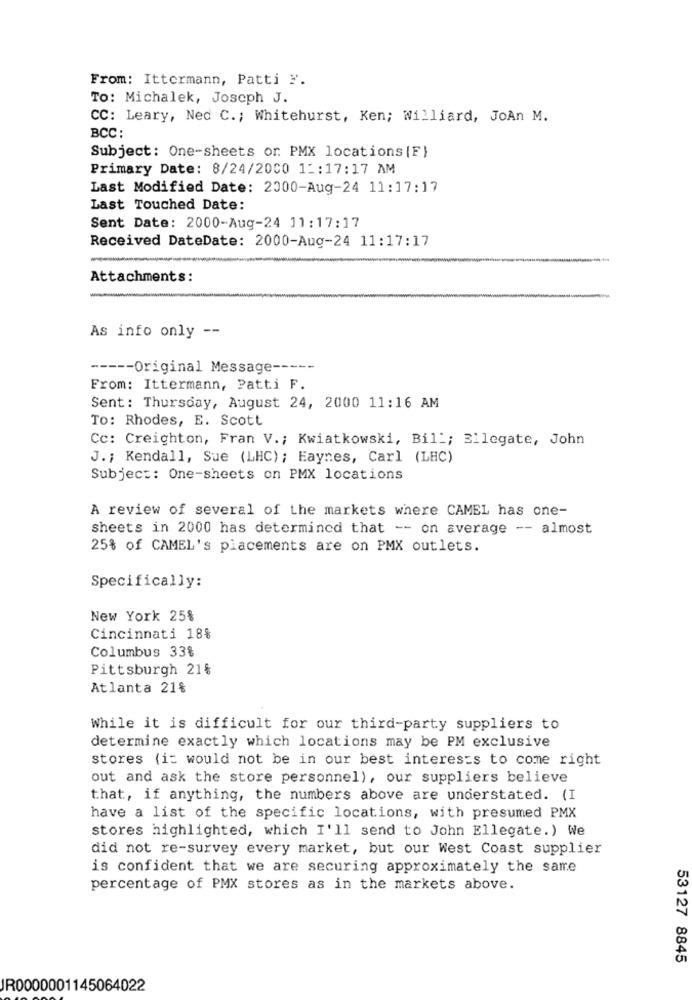
From: Ittermann, Patti ".
TO: Michalek, Joseph J.
CC: Leary, Ned C .; Whitehurst, Ken; Williard, JoAn M.
BCC :
Subject: One-sheets or PMX locations |F}
Primary Date: 8/24/2000 1 :: 17:17 AM
Last Modified Date: 2000-Aug-24 11:17:17
Last Touched Date:
Sent Date: 2000-Aug-24 11:17:17
Received DateDate: 2000-Aug-24 11:17:17
Attachments:
As info only --
----- Original Message -----
From: Ittermann, Patti F.
Sent: Thursday, August 24, 2000 11:16 AM
TO: Rhodes, E. Scott
Cc: Creighton, Fran V .; Kwiatkowski, Bill; Ellegate, John
J .; Kendall, Sue (LHC); Eaynes, Carl (LHC)
Subject: One-sheets on PMX locations
A review of several of the markets where CAMEL has one-
sheets in 2000 has determined that -- on average -- almost
25% of CAMEL's placements are on PMX outlets.
Specifically:
New York 25%
Cincinnati 18%
Columbus 33%
Pittsburgh 21%
Atlanta 21%
While it is difficult for our third-party suppliers to
determine exactly which locations may be PM exclusive
stores (i: would not be in our best interests to come right
out and ask the store personnel), our suppliers believe
that, if anything, the numbers above are understated. (I
have a list of the specific locations, with presumed PMX
stores highlighted, which I'll send to John Ellegate.) We
did not re-survey every market, but our West Coast supplier
is confident that we are securing approximately the same
percentage of PMX stores as in the markets above.
53127 8845
JR0000001145064022